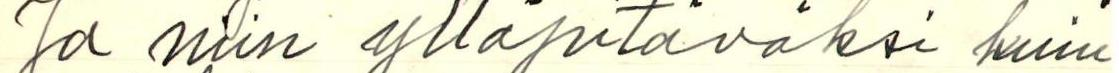
Ja niin ylläpitäväksi kuin